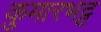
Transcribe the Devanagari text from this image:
कुमारभट्ट